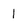
Character: 1